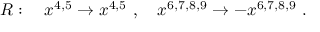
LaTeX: R : \quad x ^ { 4 , 5 } \to x ^ { 4 , 5 } \ , \quad x ^ { 6 , 7 , 8 , 9 } \to - x ^ { 6 , 7 , 8 , 9 } \ .